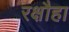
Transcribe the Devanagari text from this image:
रक्षौहा